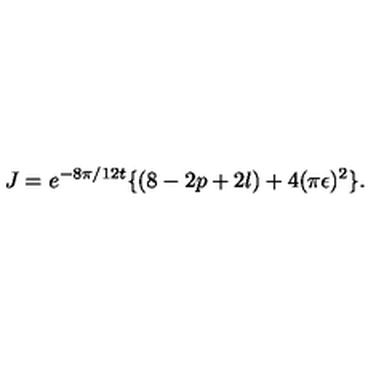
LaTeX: J = e ^ { - 8 \pi / 1 2 t } \{ ( 8 - 2 p + 2 l ) + 4 ( \pi \epsilon ) ^ { 2 } \} .